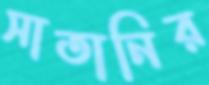
সাতানির